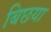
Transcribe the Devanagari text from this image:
बिछया